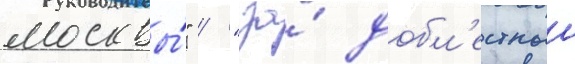
москвы́" / "за́ добл'естныи